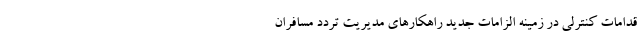
قدامات کنترلی در زمینه الزامات جدید راهکارهای مدیریت تردد مسافران